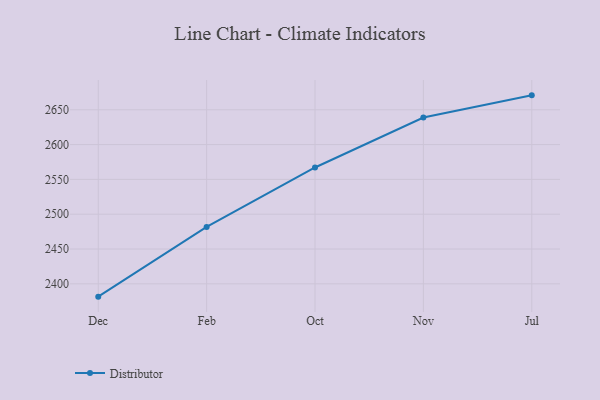
{"axis": {"x": "Month", "y": "Temperature (°C)"}, "legend": ["Distributor"], "data": [{"x": "Dec", "y": 2381.6, "type": "Distributor"}, {"x": "Feb", "y": 2481.7, "type": "Distributor"}, {"x": "Oct", "y": 2567.1, "type": "Distributor"}, {"x": "Nov", "y": 2638.8, "type": "Distributor"}, {"x": "Jul", "y": 2670.7, "type": "Distributor"}]}